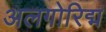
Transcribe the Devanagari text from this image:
अलगोरिद्म